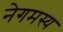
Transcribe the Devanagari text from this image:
नेगमस्य